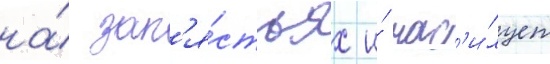
на́ зап'я́стьях и́ нас'и́лует